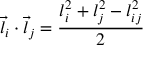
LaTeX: \vec { l } _ { i } \cdot \vec { l } _ { j } = \frac { l _ { i } ^ { 2 } + l _ { j } ^ { 2 } - l _ { i j } ^ { 2 } } { 2 }